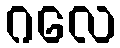
ဂလေ